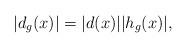
LaTeX: \begin{align*}|d_g(x)|=|d(x)||h_g(x)|,\end{align*}